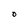
Character: O